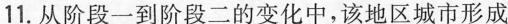
11.从阶段一到阶段二的变化中，该地区城市形成